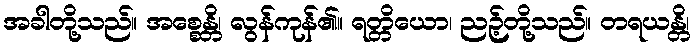
အခါတို့သည်။ အစ္စေန္တိ၊ လွန်ကုန်၏။ ရတ္တိယော၊ ညဉ့်တို့သည်။ တရယန္တိ၊